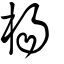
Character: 楊